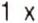
1 X